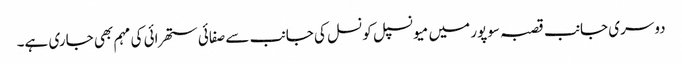
دوسری جانب قصبہ سوپور میں میو نسپل کونسل کی جانب سے صفائی ستھرائی کی مہم بھی جاری ہے۔